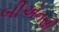
બીએનસી